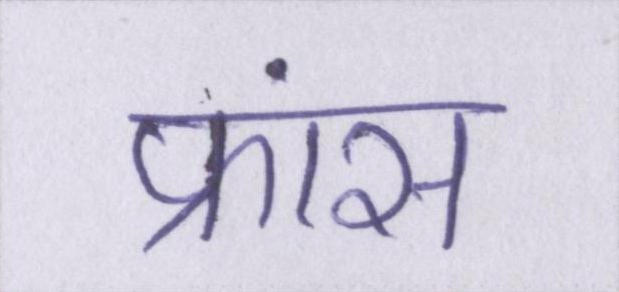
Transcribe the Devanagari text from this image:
फ्रांस